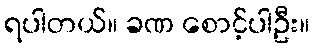
ရပါတယ်။ ခဏ စောင့်ပါဦး။